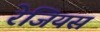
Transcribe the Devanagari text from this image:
रेजियस